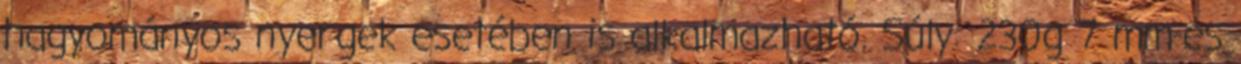
hagyományos nyergek esetében is alkalmazható. Súly: 230g 7 mm-es